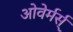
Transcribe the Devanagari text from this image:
ओवेर्मर्स्